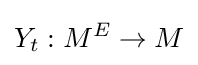
Y_{t}:M^{E}\to M